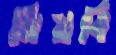
মিয়বি